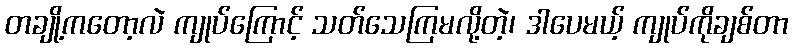
တချို့ကတော့လဲ ကျုပ်ကြောင့် သတ်သေကြမလို့တဲ့၊ ဒါပေမယ့် ကျုပ်ကိုချစ်တာ